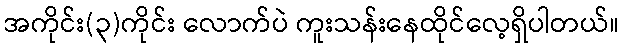
အကိုင်း(၃)ကိုင်း လောက်ပဲ ကူးသန်းနေထိုင်လေ့ရှိပါတယ်။